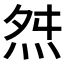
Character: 𭴝